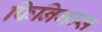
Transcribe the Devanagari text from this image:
फिनिगन्स